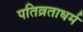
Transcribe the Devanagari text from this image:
पतिव्रताधर्म